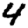
Digit: 4